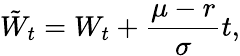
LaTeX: {\tilde{W}}_{t}=W_{t}+{\frac{\mu-r}{\sigma}}t,